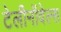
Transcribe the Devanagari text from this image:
टेलीनॉवेल्स